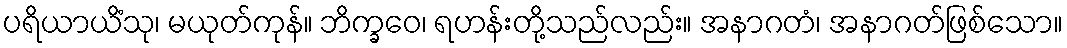
ပရိယာယိံသု၊ မယုတ်ကုန်။ ဘိက္ခဝေ၊ ရဟန်းတို့သည်လည်း။ အနာဂတံ၊ အနာဂတ်ဖြစ်သော။